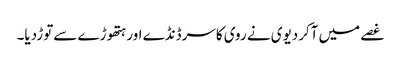
غصے میں آکردیوی نے روی کاسرڈنڈے اورہتھوڑے سےتوڑدیا۔